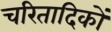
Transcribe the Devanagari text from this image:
चरितादिकों